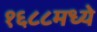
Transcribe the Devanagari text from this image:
१६८८मध्ये